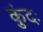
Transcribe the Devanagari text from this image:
कुंदः